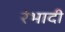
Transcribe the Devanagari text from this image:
रंभादी